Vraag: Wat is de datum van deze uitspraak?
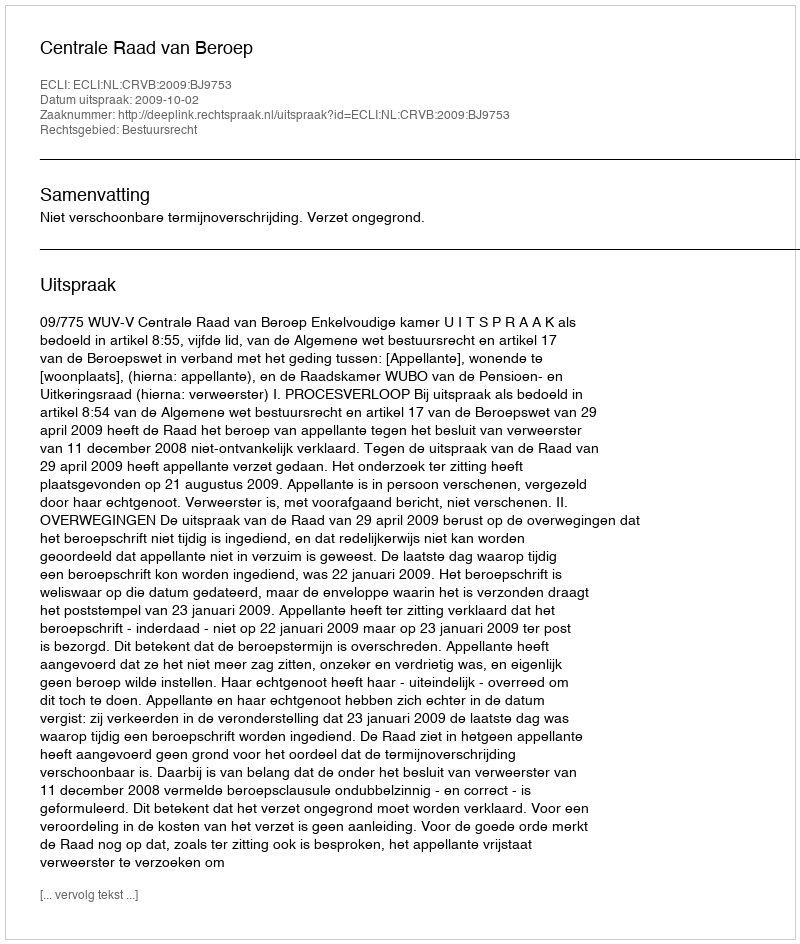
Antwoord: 2009-10-02